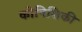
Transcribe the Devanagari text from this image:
कोनिशिकी